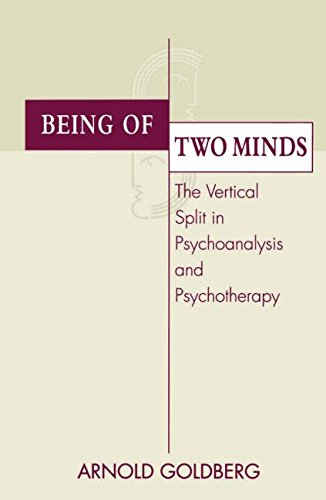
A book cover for Being of Two Minds: The Vertical Split in Psychoanalysis and Psychotherapy; Arnold I. Goldberg; Health, Fitness & Dieting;